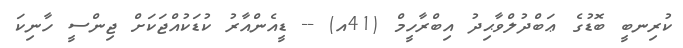
ކުރިނބީ ބޮޑުގެ ޢަބްދުލްވާޙިދު އިބްރާހީމް (41އ) -- ޑީއެންއާރު ކުޑަކުއްޖަކަށް ޖިންސީ ހާނިކަ